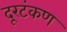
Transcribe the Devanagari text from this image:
दूरटंकण